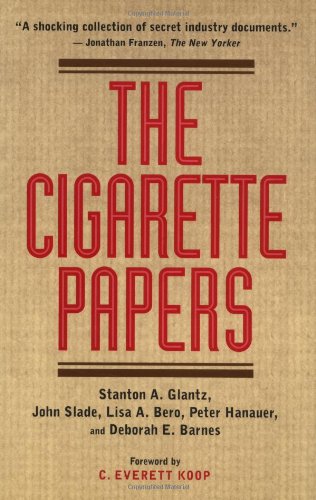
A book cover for The Cigarette Papers; Health, Fitness & Dieting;